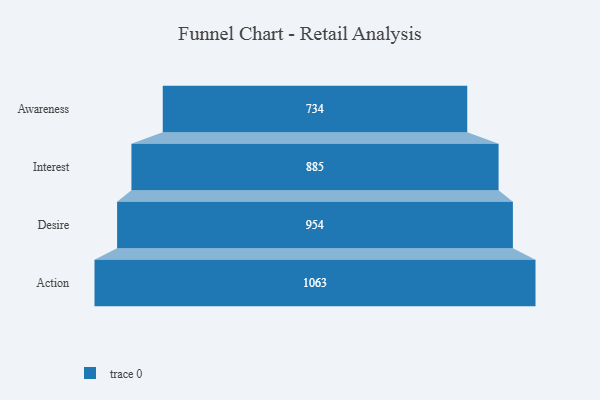
{"axis": {"x": "Stage", "y": "Value"}, "legend": [""], "data": [{"x": "Awareness", "y": 734.0, "type": ""}, {"x": "Interest", "y": 885.0, "type": ""}, {"x": "Desire", "y": 954.0, "type": ""}, {"x": "Action", "y": 1063.0, "type": ""}]}